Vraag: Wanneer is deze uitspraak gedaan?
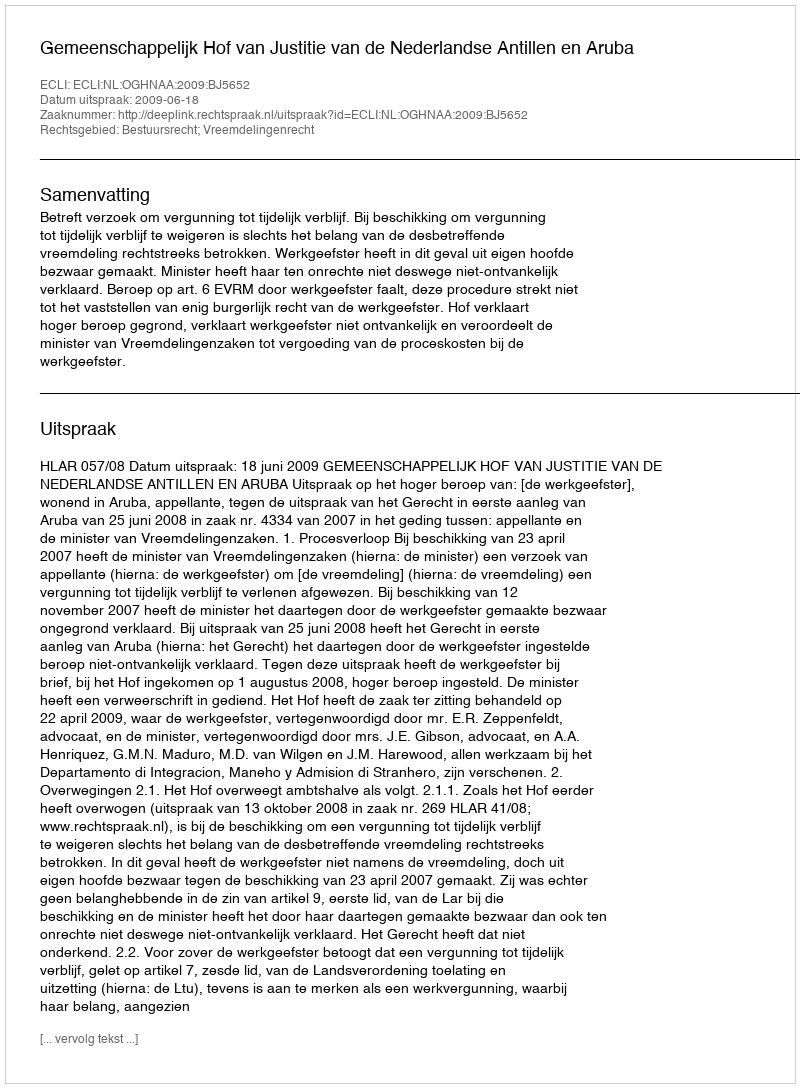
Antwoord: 2009-06-18